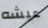
عيشه